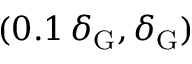
( 0 . 1 \, \delta _ { \mathrm { { G } } } , \delta _ { \mathrm { { G } } } )